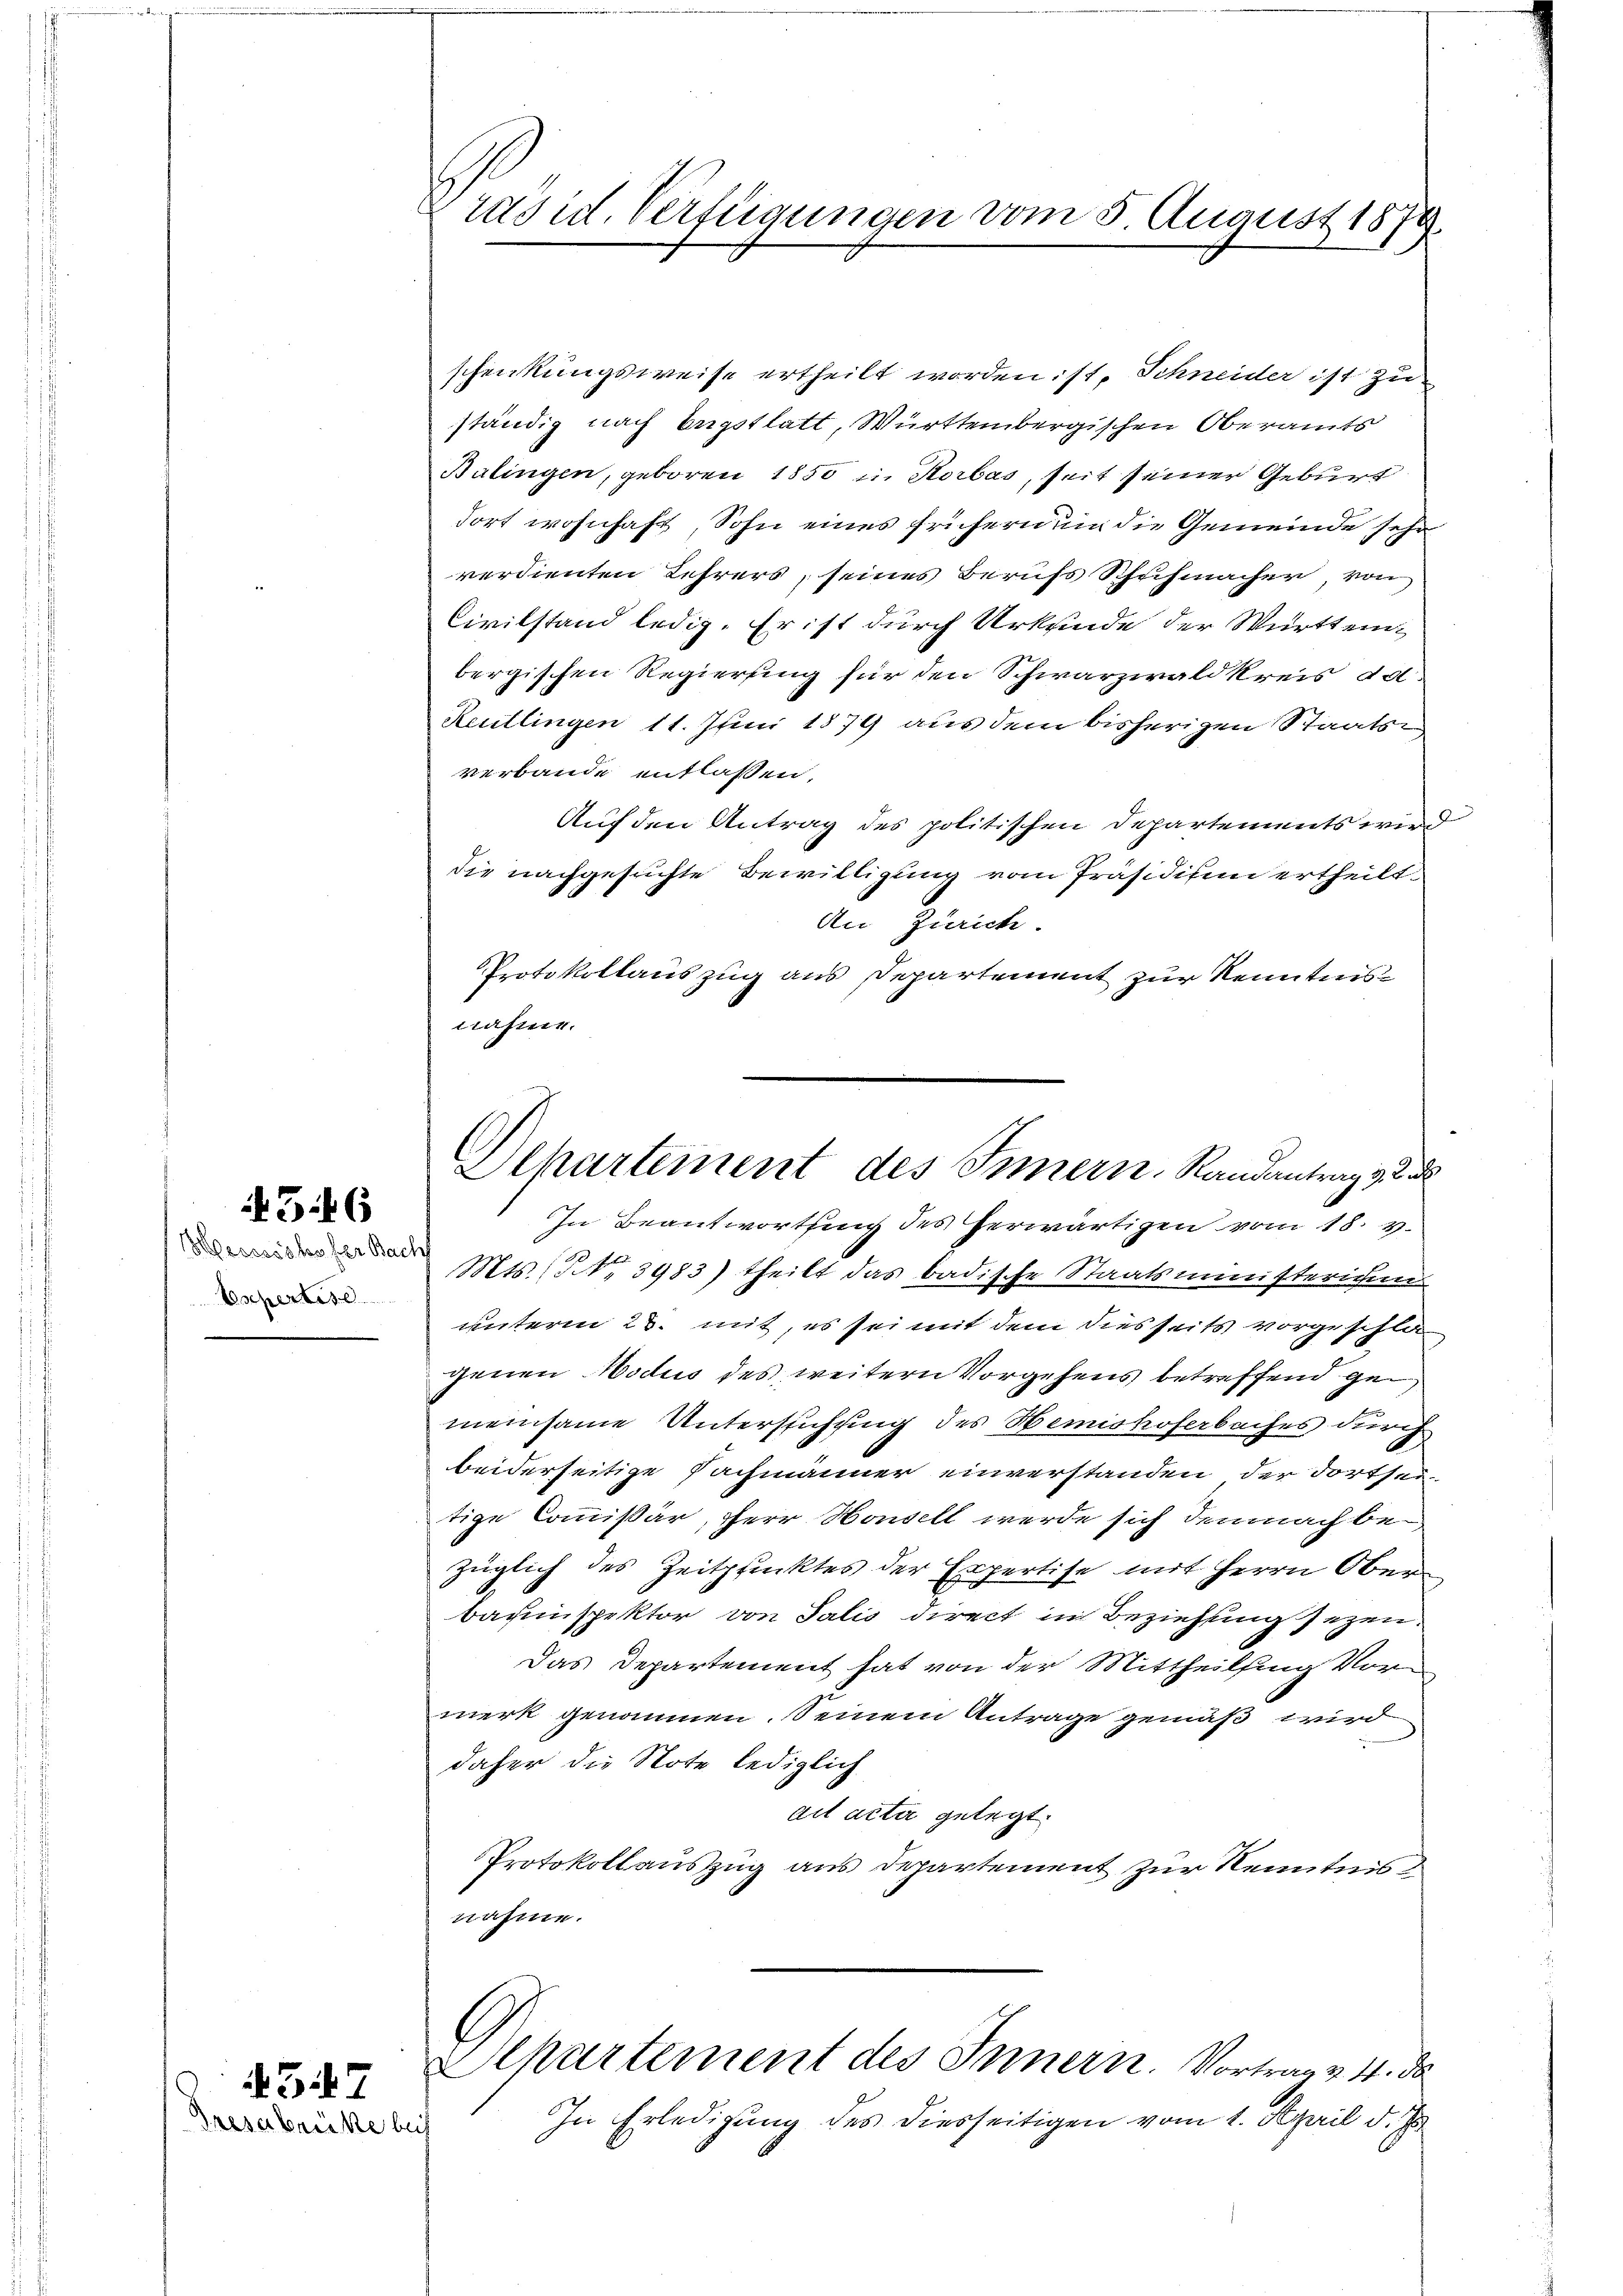
Eschertes

546

347
Tresabrücke be

Präsid. Verfügungen vom 5. August 1879.

schenkungsweise ertheilt worden: st, Schneider ist zu
ständig nach Engstlatt, Württembergischen Oberamts
Balingen, geboren 1850 in Korbas, seit seiner Geburt
dort wohnhaft, Sohn eines frühern um die Gemeinde sehr
verdienten Lehrers, seines Berufs Schuhmacher, von
Civilstand ledig. Er ist durch Urkunde der Württem
bergischen Regierung für den Schwarzwald kreis da
Reutlingen 11. Juni 1879 aus dem bisherigen Staatsr
verbande entlassen.
Auf den Antrag des politischen Departements wir
die nachgesuchte Bewilligung vom Präsidium ertheilt.
An Zürich.
Protokollauszug aus Departement zur Kenntnisnahme.
Departement des Innern. Randantrag v. 2. d
In Beantwortung des herwärtigen vom 18. v.
 Mts. (NNo. 3983) theilt das badische Staatsministerichen
unterm 23. mit, es sei mit dem diesseits vorgeschla
genen Modus des weitern Vorgehens betreffend gemeinsame Untersuchung des Hemishoferbaches durch
beiderseitige Fachmänner einverstanden, der dortsei
tige Commissär, Herr Housell werde sich demnach bezüglich des Zeitpunktes der Expertise mit Herrn Oberbauinspektor von Salis direct in Beziehung sezen.
Das Departement hat von der Mittheilsing Vormerk genommen. Seinem Antrage gemäß wird
daher die Note lediglich
ait acta gelegt.
Protokollauszug aus Departement zur Kenntnis
nahme.

Separtement des Innern. Vortrag v. 4. da

In Erledigung des diesseitigen vom 1. April d. Js